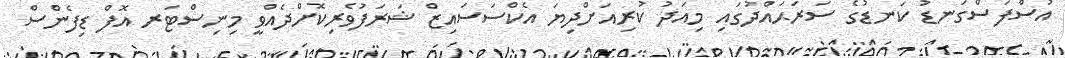
އުސްފަސްގަނޑު ކަނޑުގެ ސަރަޙައްދުގައި މިއަދު ކުރިއަށްދިޔަ އެކްސަސައިޒް ޝަރަފުވެރިކޮށްދެއްވީ މިނިސްޓަރ އޮފް ޑިފެންސް